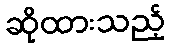
ဆိုထားသည့်